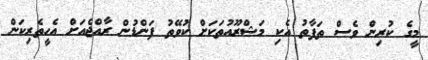
މީގެ ކުރިން ވެސް ތަފާތު އެކި މަޝްރޫއުތަކަށް ކުވޭތު ފަންޑުން ރާއްޖެއަށް އެހީތެރިކަން